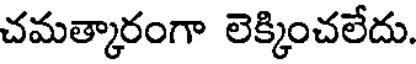
చమత్కారంగా లెక్కించలేదు.